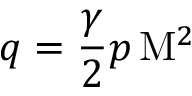
q = { \frac { \gamma } { 2 } } p \, \mathrm { M } ^ { 2 }